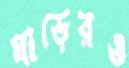
ঘাড়েরও